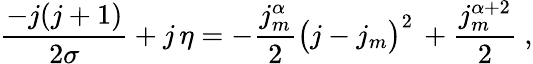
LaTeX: \frac{-j(j+1)}{2\sigma}+j\, \eta=-\frac{j_{m}^{\alpha}}{2}\big(j-j_{m}\big)^{2}\, +\frac{j_{m}^{\alpha+2}}{2}\ ,